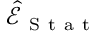
\widehat { \mathcal { E } } _ { \mathrm { ~ S ~ t ~ a ~ t ~ } }